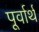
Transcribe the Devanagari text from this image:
पूर्वार्थ